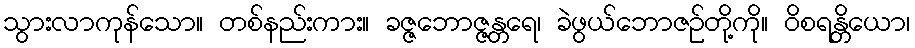
သွားလာကုန်သော။ တစ်နည်းကား။ ခဇ္ဇဘောဇ္ဇန္တရေ၊ ခဲဖွယ်ဘောဇဉ်တို့ကို။ ဝိစရန္တိယော၊